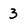
Character: 3